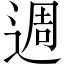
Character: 週